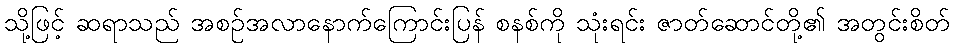
သို့ဖြင့် ဆရာသည် အစဉ်အလာနောက်ကြောင်းပြန် စနစ်ကို သုံးရင်း ဇာတ်ဆောင်တို့၏ အတွင်းစိတ်